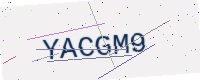
Text: YACGM9